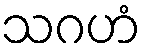
သဂဟံ